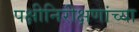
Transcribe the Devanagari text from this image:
पक्षीनिरीक्षणांच्या